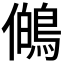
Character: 𭀊